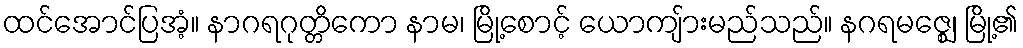
ထင်အောင်ပြအံ့။ နာဂရဂုတ္တိကော နာမ၊ မြို့စောင့် ယောကျ်ားမည်သည်။ နဂရမဇ္ဈေ၊ မြို့၏